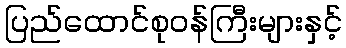
ပြည်ထောင်စုဝန်ကြီးများနှင့်